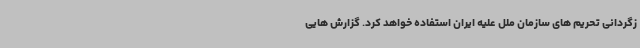
زگردانی تحریم های سازمان ملل علیه ایران استفاده خواهد کرد. گزارش هایی